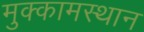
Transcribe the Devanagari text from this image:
मुक्कामस्थान